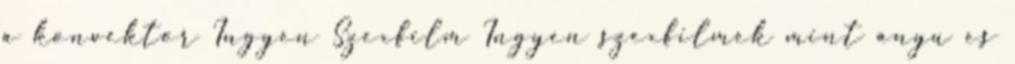
a konvektor Ingyen Szexfilm Ingyen szexfilmek mint anyu es